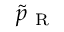
\tilde { p } _ { \mathrm { ~ R ~ } }